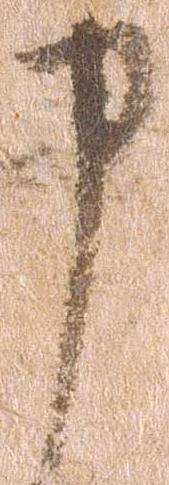
申